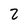
Character: 2